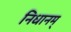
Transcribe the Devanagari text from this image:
निधानम्